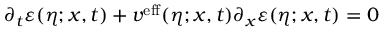
\partial _ { t } \varepsilon ( \eta ; x , t ) + v ^ { \mathrm { e f f } } ( \eta ; x , t ) \partial _ { x } \varepsilon ( \eta ; x , t ) = 0